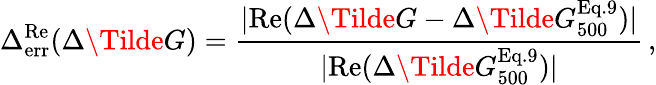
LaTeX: \Delta_{\mathrm{err}}^{\mathrm{Re}}(\Delta\Tilde{G})=\frac{\vert\mathrm{Re}(\Delta\Tilde{G}-\Delta\Tilde{G}_{500}^{\mathrm{Eq.9}})\vert}{\vert\mathrm{Re}(\Delta\Tilde{G}_{500}^{\mathrm{Eq.9}})\vert}\, ,